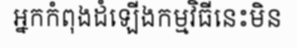
អ្នកកំពុងដំឡើងកម្មវិធីនេះមិន